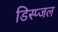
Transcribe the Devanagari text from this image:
डिस्प्जल